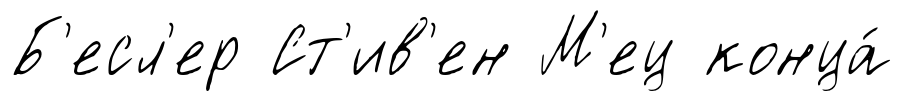
Б'есл'ер Ст'ив'ен М'ец конца́